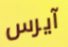
آيرس